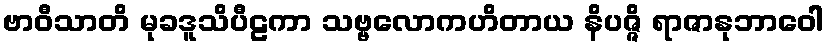
ဗာဝီသာတိ မုခဒူသိပီဠကာ သဗ္ဗလောကဟိတာယ နိပဇ္ဇိ ရာဇာနုဘာဝေါ